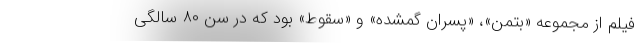
فیلم از مجموعه «بتمن»، «پسران گمشده» و «سقوط» بود که در سن ۸۰ سالگی